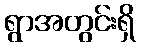
ရွာအတွင်းရှိ